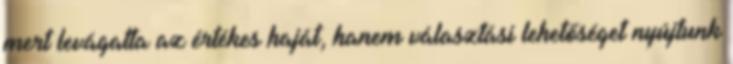
mert levágatta az értékes haját, hanem választási lehetőséget nyújtunk